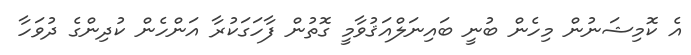
އެ ކޮމިޝަނުން މިހެން ބުނީ ބައިނަލްއަޤުވާމީ ގޮތުން ފާހަގަކުރާ އަންހެން ކުދިންގެ ދުވަހާ